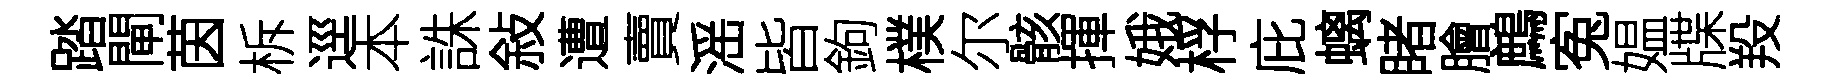
踏閘茵柝逕本誅敍遭賣滛皆鉤樸尔骸揮娥桴庇螭睹膾鷓寃媪牒羖